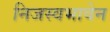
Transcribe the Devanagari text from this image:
निजस्वभावेन